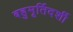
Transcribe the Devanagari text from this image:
बहुमूर्तिदर्शी